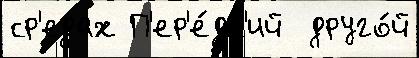
ср'едах П'ер'е́дн'ий  друго́й